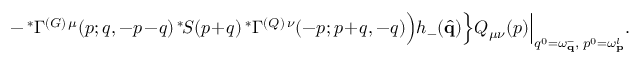
- \, ^ { \ast } \Gamma ^ { ( G ) \, \mu } ( p ; q , - p - q ) \, ^ { \ast } \! S ( p + q ) \, ^ { \ast } \Gamma ^ { ( Q ) \, \nu } ( - p ; p + q , - q ) \Big ) h _ { - } ( \hat { \bf q } ) \Big \} Q _ { \mu \nu } ( p ) \Big \vert _ { q ^ { 0 } = \omega _ { \bf q } ^ { - } , \; p ^ { 0 } = \omega _ { \mathbf p } ^ { l } } .